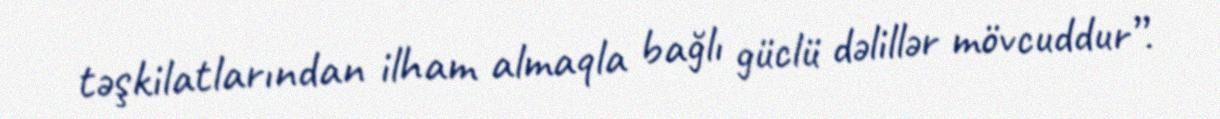
təşkilatlarından ilham almaqla bağlı güclü dəlillər mövcuddur”.